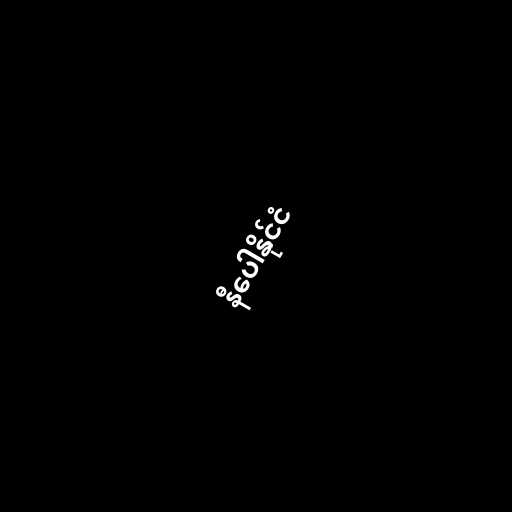
နီပေါနိုင်ငံ